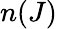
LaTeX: n(J)